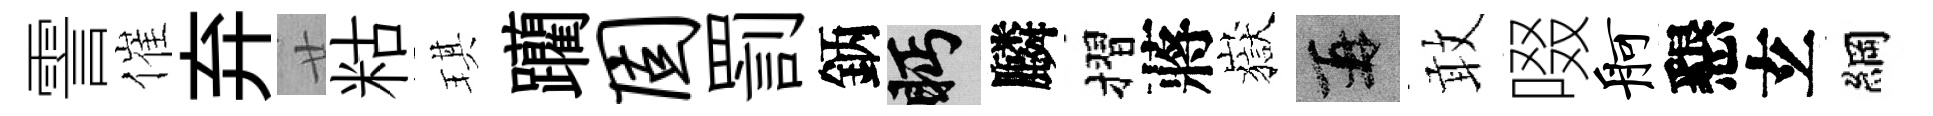
霅催弃廿䊀琪躪固罰鈵眄麟摺蔣嶽再敢啜舸懇𤣥綱